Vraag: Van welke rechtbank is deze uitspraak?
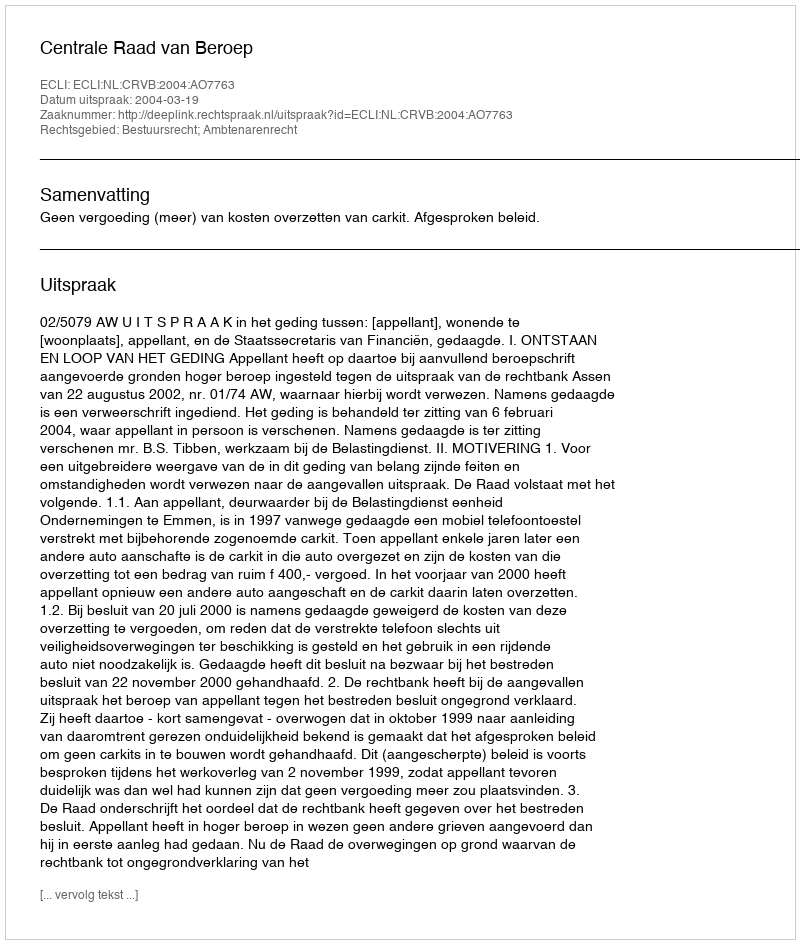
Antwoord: Centrale Raad van Beroep